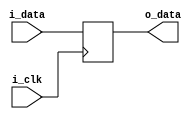
module io_buffer (
    input wire i_clk,      // Clock input
    input wire i_data,     // Data input
    output reg o_data      // Data output
);

// LVCMOS buffer functionality
always @(posedge i_clk) begin
    o_data <= i_data;     // Buffering input signal
end

endmodule